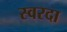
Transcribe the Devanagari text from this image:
स्वरदा